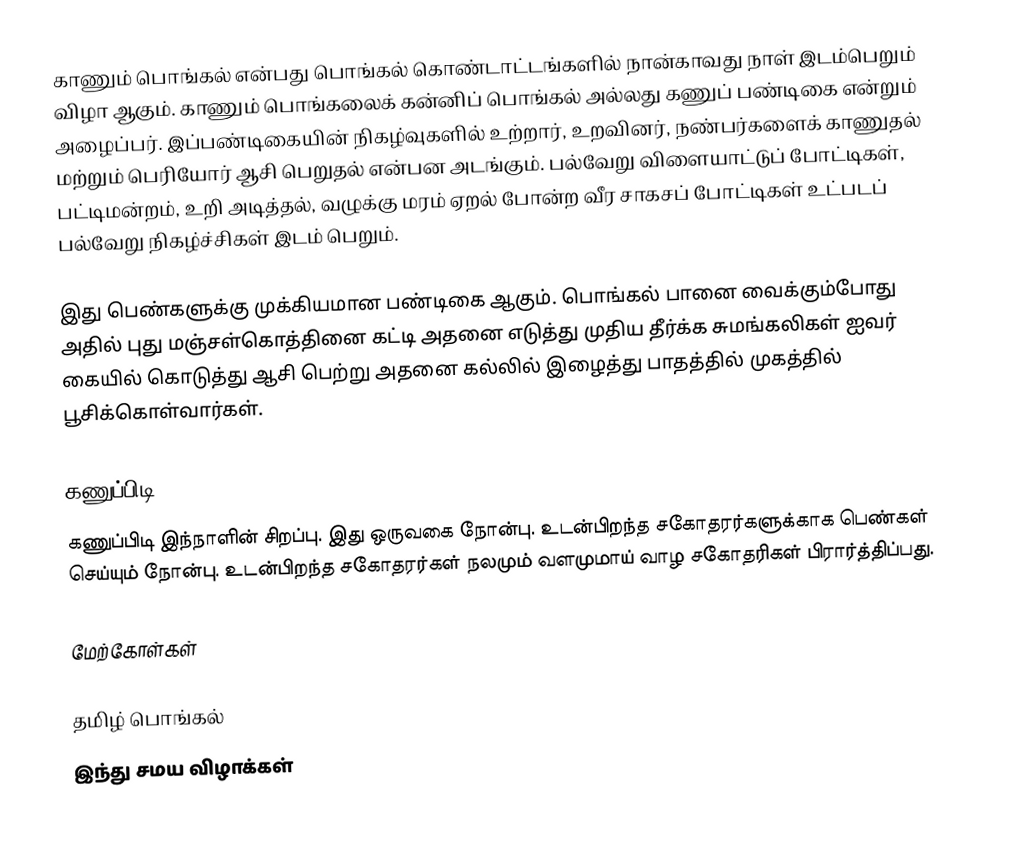
காணும் பொங்கல் என்பது பொங்கல் கொண்டாட்டங்களில் நான்காவது நாள் இடம்பெறும் விழா ஆகும். காணும் பொங்கலைக் கன்னிப் பொங்கல் அல்லது கணுப் பண்டிகை என்றும் அழைப்பர். இப்பண்டிகையின் நிகழ்வுகளில் உற்றார், உறவினர், நண்பர்களைக் காணுதல் மற்றும் பெரியோர் ஆசி பெறுதல் என்பன அடங்கும். பல்வேறு விளையாட்டுப் போட்டிகள், பட்டிமன்றம், உறி அடித்தல், வழுக்கு மரம் ஏறல் போன்ற வீர சாகசப் போட்டிகள் உட்படப் பல்வேறு நிகழ்ச்சிகள் இடம் பெறும்.

இது பெண்களுக்கு முக்கியமான பண்டிகை ஆகும். பொங்கல் பானை வைக்கும்போது அதில் புது மஞ்சள்கொத்தினை கட்டி அதனை எடுத்து முதிய தீர்க்க சுமங்கலிகள் ஐவர் கையில் கொடுத்து ஆசி பெற்று அதனை கல்லில் இழைத்து பாதத்தில் முகத்தில் பூசிக்கொள்வார்கள்.

கணுப்பிடி
கணுப்பிடி இந்நாளின் சிறப்பு. இது ஒருவகை நோன்பு. உடன்பிறந்த சகோதரர்களுக்காக பெண்கள் செய்யும் நோன்பு. உடன்பிறந்த சகோதரர்கள் நலமும் வளமுமாய் வாழ சகோதரிகள் பிரார்த்திப்பது.

மேற்கோள்கள்

தமிழ் பொங்கல்
இந்து சமய விழாக்கள்